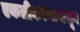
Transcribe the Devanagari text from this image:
एकत्रीकरणापासून